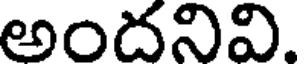
అందనివి.